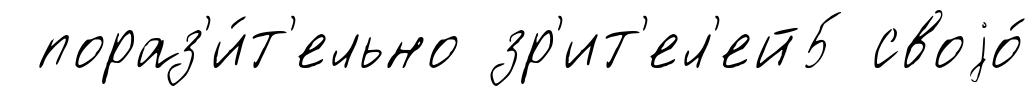
пораз'и́т'ельно зр'ит'ел'ей5 своjо́